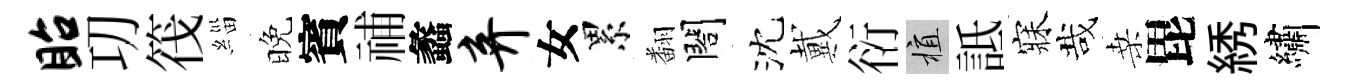
眙㓛筏緇晚賓𥙷蠡弃女累翻閤沈戴衍植詆寐哉桑毘綉繡